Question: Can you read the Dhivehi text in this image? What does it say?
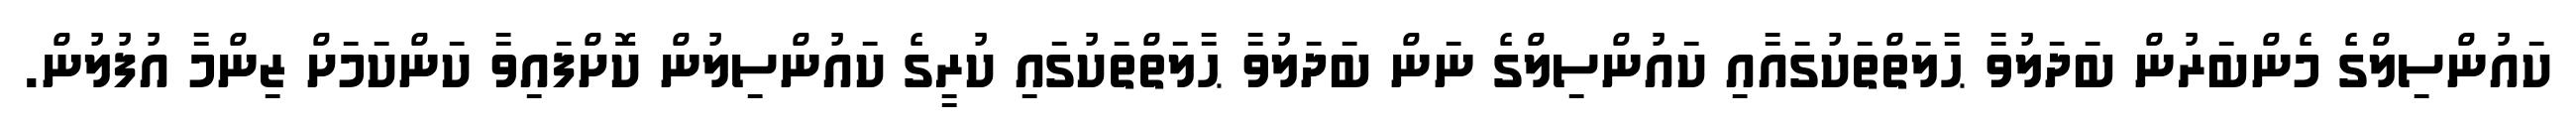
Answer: ކައުންސިލްގެ މެންބަރުން ބަދަލުވާ ޙާލަތްތަކުގައާއި ކައުންސިލްގެ ނަން ބަދަލުވާ ޙާލަތްތަކުގައި ކުރީގެ ކައުންސިލުން ކޮށްފައިވާ ކަންކަމަށް ޒިންމާ އުފުލުން.